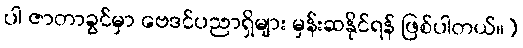
ပါ ဇာတာခွင်မှာ ဗေဒင်ပညာရှိများ မှန်းဆနိုင်ရန် ဖြစ်ပါတယ်။)